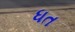
ધત